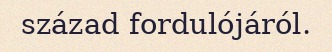
század fordulójáról.